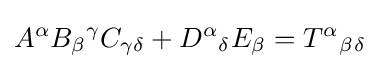
A^{\alpha }B_{\beta }{}^{\gamma }C_{\gamma \delta }+D^{\alpha }{}_{\delta }E_{\beta }=T^{\alpha }{}_{\beta }{}_{\delta }